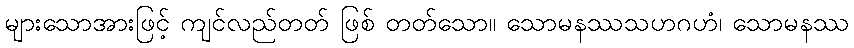
များသောအားဖြင့် ကျင်လည်တတ် ဖြစ် တတ်သော။ သောမနဿသဟဂဟံ၊ သောမနဿ